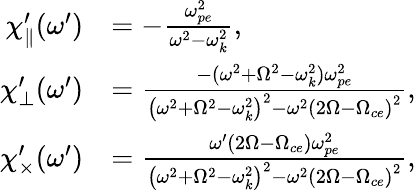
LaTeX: \begin{array}{rl}{\chi_{\parallel}^{\prime}(\omega^{\prime})}&{=-\frac{\omega_{pe}^{2}}{\omega^{2}-\omega_{k}^{2}},}\\ {{\chi_{\perp}^{\prime}}(\omega^{\prime})}&{=\frac{-(\omega^{2}+\Omega^{2}-\omega_{k}^{2})\omega_{pe}^{2}}{\left(\omega^{2}+\Omega^{2}-\omega_{k}^{2}\right)^{2}-\omega^{2}\left(2\Omega-\Omega_{ce}\right)^{2}},}\\ {{\chi_{\times}^{\prime}}(\omega^{\prime})}&{=\frac{\omega^{\prime}(2\Omega-\Omega_{ce})\omega_{pe}^{2}}{\left(\omega^{2}+\Omega^{2}-\omega_{k}^{2}\right)^{2}-\omega^{2}\left(2\Omega-\Omega_{ce}\right)^{2}},}\end{array}